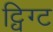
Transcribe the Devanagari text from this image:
ट्विग्ट